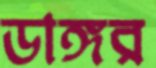
ডাঙ্গর